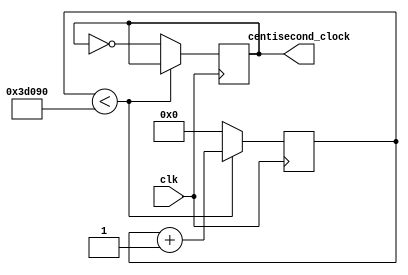
`timescale 1ns / 1ps
//////////////////////////////////////////////////////////////////////////////////
// Company: 
// Engineer: 
// 
// Design Name: 
// Module Name:    ALARM_CLOCK 
// Project Name: 
// Target Devices: 
// Tool versions: 
// Description: 
//
// Dependencies: 
//
// Revision: 
// Revision 0.01 - File Created
// Additional Comments: 
//
//////////////////////////////////////////////////////////////////////////////////
/*creates a clock whose period is one second*/

module centisecond_clock (
    input clk,
    output reg centisecond_clock
	 );
	 reg [17:0] centisecond_counter = 0;
	 always @(posedge clk)
		begin
		if (centisecond_counter < 250000)
			centisecond_counter <= centisecond_counter + 1;
		else
			begin
			centisecond_counter <=0;
			centisecond_clock <= ~centisecond_clock;
			end
		end
endmodule